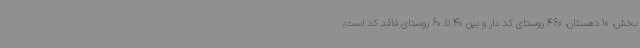
بخش، 10 دهستان، 460 روستای کد دار و بین 40 تا 60 روستای فاقد کد است.